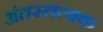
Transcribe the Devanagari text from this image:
अंतस्तत्वक